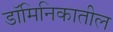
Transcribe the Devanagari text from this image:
डॉमिनिकातील